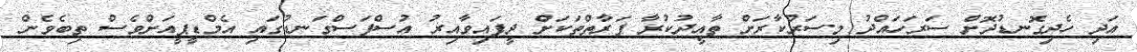
އަދި ހެދިގޮނޑުދޮށް ސަރަހައްދު މިސަރުކާރަށް ތާއީދުކުރާ ފަރާތްތަކަށް ދީފައިވާއިރު އުސްފަސްގަނޑުގައި އެމްޑީޕީއަށްވެސް ތިބެވެން